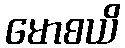
မောစယိ